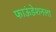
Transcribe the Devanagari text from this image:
फाऊंडेशनला